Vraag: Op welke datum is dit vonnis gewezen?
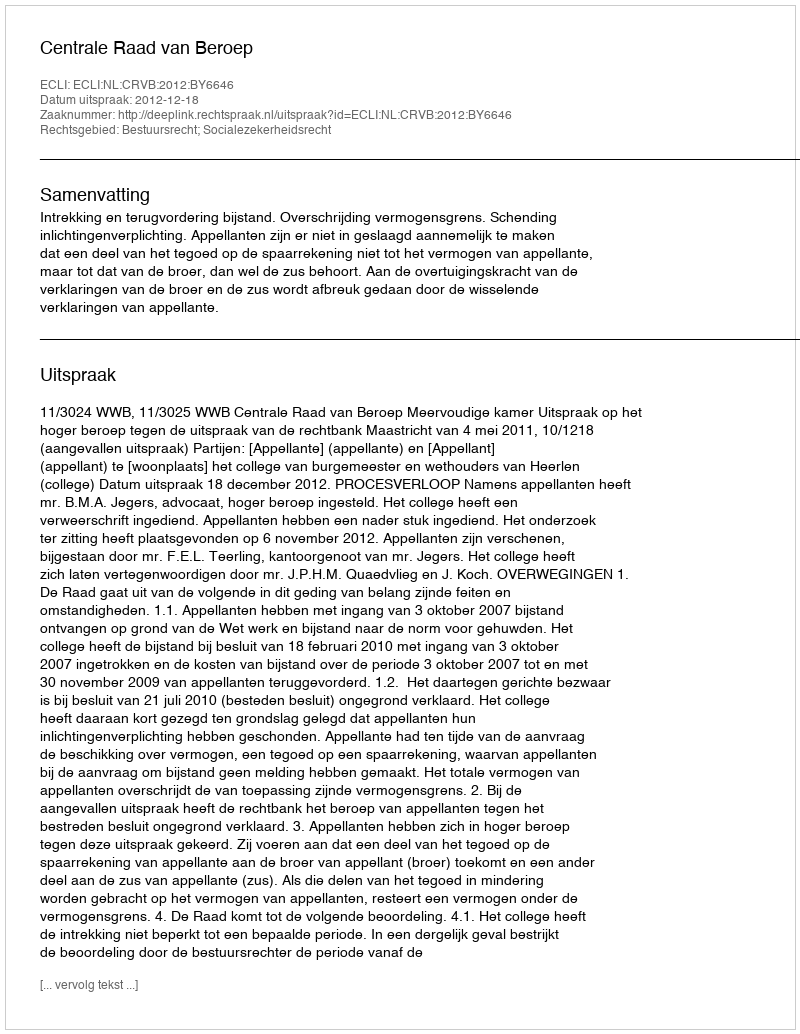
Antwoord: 2012-12-18